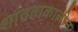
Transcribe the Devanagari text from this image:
शांतताकालीन